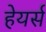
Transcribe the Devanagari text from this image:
हेयर्स